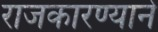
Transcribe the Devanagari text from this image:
राजकारण्याने